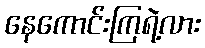
နေကောင်းကြရဲ့လား